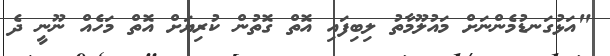
"އަޅުގަނޑުމެންނަށް މައުލޫމާތު ލިބިފައި އޮތް ގޮތުން ކުރިޔަށް އޮތް މަހެއް ނޫނީ ދެ